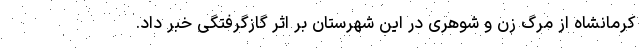
کرمانشاه از مرگ زن و شوهری در این شهرستان بر اثر گازگرفتگی خبر داد.